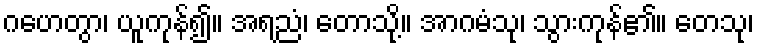
ဂဟေတွာ၊ ယူကုန်၍။ အရညံ၊ တောသို့။ အာဂမံသု၊ သွားကုန်၏။ တေသု၊